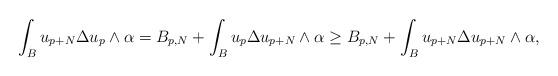
LaTeX: \begin{align*} \begin{aligned} \int_B u_{p+N}\Delta u_p\wedge\alpha &=B_{p,N}+\int_B u_p \Delta u_{p+N} \wedge\alpha \geq B_{p,N}+\int_B u_{p+N}\Delta u_{p+N}\wedge\alpha,\end{aligned} \end{align*}